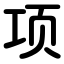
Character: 项